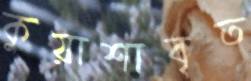
কুয়াশাবৃত